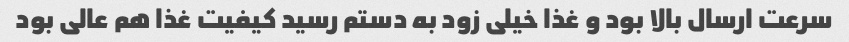
سرعت ارسال بالا بود و غذا خیلی زود به دستم رسید کیفیت غذا هم عالی بود